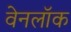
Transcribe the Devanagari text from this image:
वेनलॉक